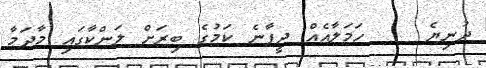
ދުނިޔެ    ހަމަލާއެއް ދީފާނެ ކަމުގެ ބިރަށް ލަންކާގައި މާދަމާ